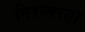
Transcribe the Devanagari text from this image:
निरन्‍तरता